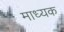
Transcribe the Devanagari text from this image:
माध्यक